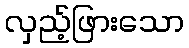
လှည့်ဖြားသော